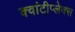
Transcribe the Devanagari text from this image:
क्वांटीप्लेक्स